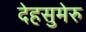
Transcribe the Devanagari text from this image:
देहसुमेरु